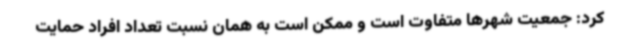
کرد: جمعیت شهرها متفاوت است و ممکن است به همان نسبت تعداد افراد حمایت